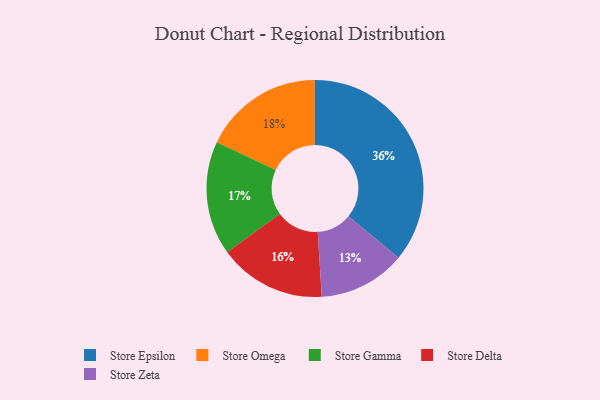
{"axis": {"x": "Category", "y": "Percentage"}, "legend": ["Store Delta", "Store Epsilon", "Store Gamma", "Store Omega", "Store Zeta"], "data": [{"x": "Store Zeta", "y": 13, "type": "Store Zeta"}, {"x": "Store Delta", "y": 16, "type": "Store Delta"}, {"x": "Store Epsilon", "y": 36, "type": "Store Epsilon"}, {"x": "Store Gamma", "y": 17, "type": "Store Gamma"}, {"x": "Store Omega", "y": 18, "type": "Store Omega"}]}